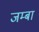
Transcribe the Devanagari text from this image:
जम्बा